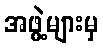
အဖွဲ့များမှ